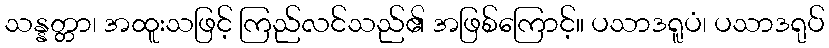
သန္နတ္တာ၊ အထူးသဖြင့် ကြည်လင်သည်၏ အဖြစ်ကြောင့်။ ပသာဒရူပံ၊ ပသာဒရုပ်